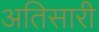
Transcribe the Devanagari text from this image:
अतिसारी